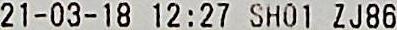
21-03-18 12:27 SHO1 ZJ86